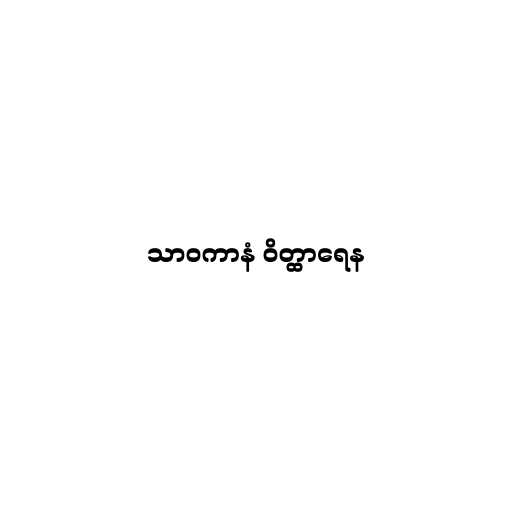
သာဝကာနံ ဝိတ္ထာရေန